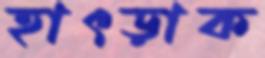
হাৎড়াক